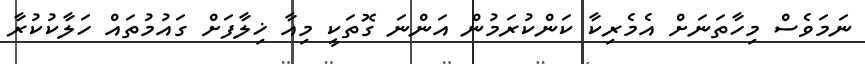
ނަމަވެސް މިހާތަނަށް އެމެރިކާ ކަންކުރަމުން އަންނަ ގޮތަކީ މިއާ ޚިލާފަށް ގައުމުތައް ހަލާކުކުރާ